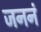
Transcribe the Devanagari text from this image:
जननं